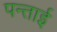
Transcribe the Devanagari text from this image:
पन्ताई